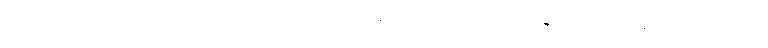
ဗဘူဝ သမ္ပကမ္ပထ ဥဘတောဝိဘင်္ဂေါ ဝေါက္ကန္တာ ဒုဗ္ဗဏ္ဏကရဏံ အရညတ္ထာယ နာထပ္ပဘဝတ္တာ